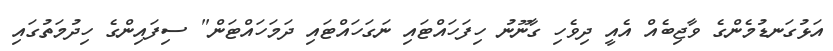
އަޅުގަނޑުމެންގެ ވާޖިބެެއް އެއީ ދިވެހި ގާނޫނު ހިފަހައްޓައި ނަގަހައްޓައި ދަމަހައްޓަން" ސިފައިންގެ ހިދުމަތުގައި